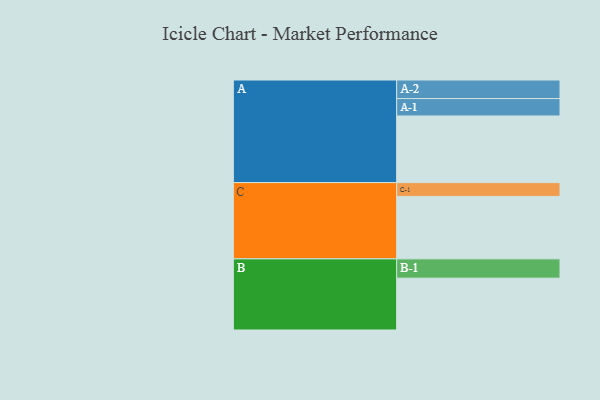
{"axis": {"x": "Segment", "y": "Value"}, "legend": ["", "A", "B", "C"], "data": [{"x": "A", "y": 559, "type": ""}, {"x": "B", "y": 435, "type": ""}, {"x": "C", "y": 524, "type": ""}, {"x": "A-1", "y": 146, "type": "A"}, {"x": "A-2", "y": 156, "type": "A"}, {"x": "B-1", "y": 162, "type": "B"}, {"x": "C-1", "y": 116, "type": "C"}]}